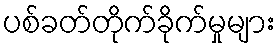
ပစ်ခတ်တိုက်ခိုက်မှုများ